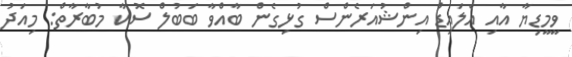
ވީމީޑިޔާ އާއި އެލައިޑް އިންޝުއަރެންސް ގުޅިގެން ބާއްވާ ބަބުލް ސޮކާ މުބާރާތް: މިއަދު